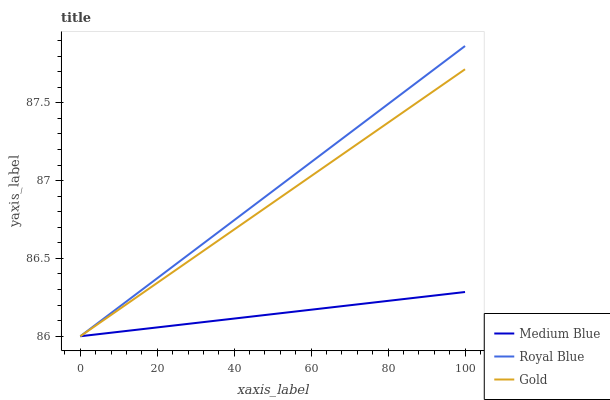
| xaxis_label | Medium Blue | Royal Blue | Gold |
 | --- | --- | --- | --- |
 | 0 | 86 | 86 | 86 |
 | 25 | 86.1 | 86.5 | 86.4 |
 | 50 | 86.1 | 86.9 | 86.9 |
 | 75 | 86.2 | 87.4 | 87.3 |
 | 100 | 86.3 | 87.9 | 87.7 |